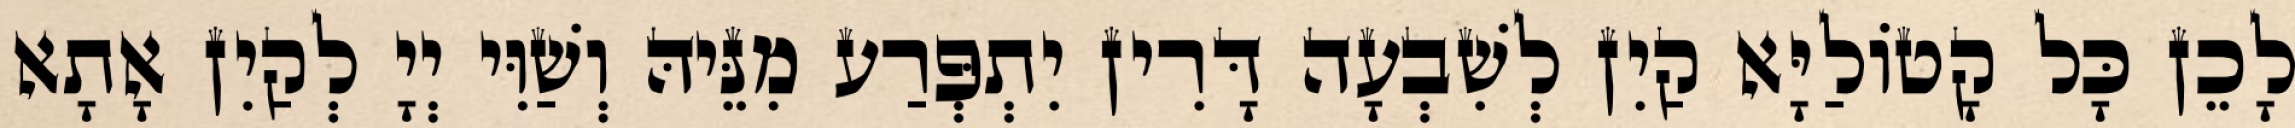
לָכֵן כָּל קָטוֹלַיָּא קַיִן לְשִׁבְעָה דָּרִין יִתְפְּרַע מִנֵּיהּ וְשַׁוִּי יְיָ לְקַיִן אָתָא